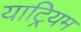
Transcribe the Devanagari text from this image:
याट्रियम